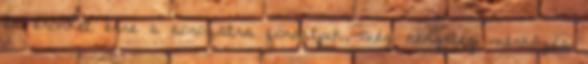
és erőnket erre a sorozatra fordítjuk, még rengeteg mérkőzés